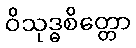
ဝိသုဒ္ဓစိတ္တော